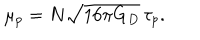
\mu _ { p } = N \sqrt { 1 6 \pi G _ { D } } \, \tau _ { p } .